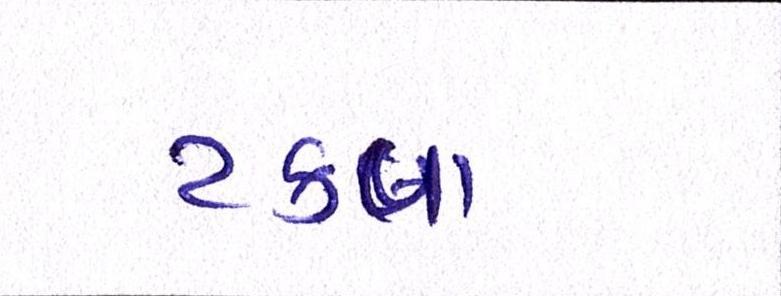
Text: ટકવા